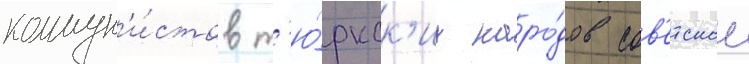
коммун'и́стов т'ю́ркск'их наро́дов сов'етскои